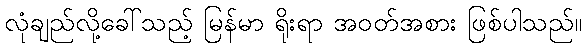
လုံချည်လို့ခေါ်သည့် မြန်မာ ရိုးရာ အဝတ်အစား ဖြစ်ပါသည်။